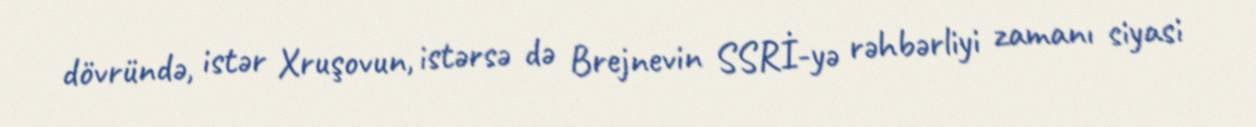
dövründə, istər Xruşovun, istərsə də Brejnevin SSRİ-yə rəhbərliyi zamanı siyasi